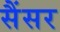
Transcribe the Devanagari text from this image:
सैंसर